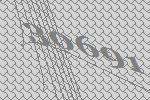
30691